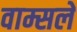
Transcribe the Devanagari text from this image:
वाम्सले